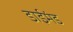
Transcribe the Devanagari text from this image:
डाईमंड